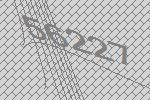
56227